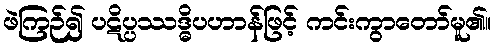
ဖဲကြဉ်၍ ပဋိပ္ပဿဒ္ဓိပဟာန်ဖြင့် ကင်းကွာတော်မူ၏။